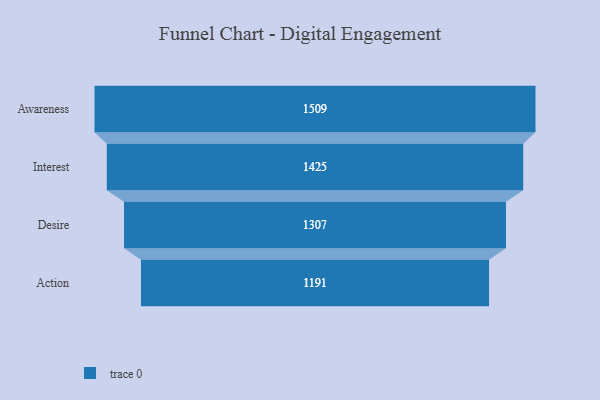
{"axis": {"x": "Stage", "y": "Value"}, "legend": [""], "data": [{"x": "Awareness", "y": 1509.0, "type": ""}, {"x": "Interest", "y": 1425.0, "type": ""}, {"x": "Desire", "y": 1307.0, "type": ""}, {"x": "Action", "y": 1191.0, "type": ""}]}